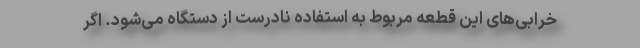
خرابی‌های این قطعه مربوط به استفاده نادرست از دستگاه می‌شود. اگر